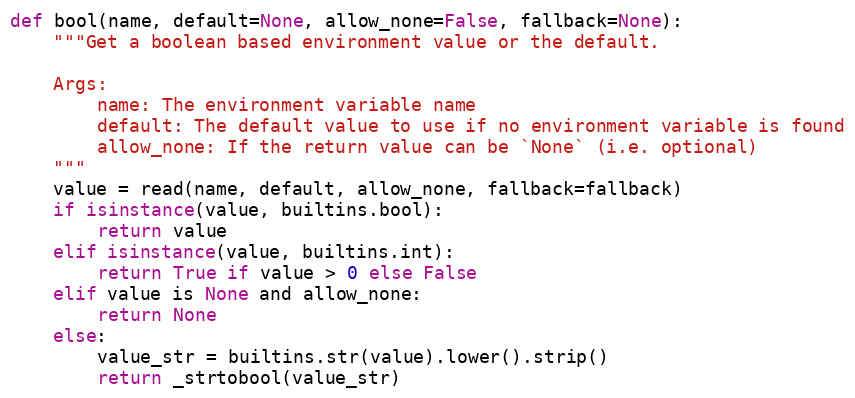
Language: Python
def bool(name, default=None, allow_none=False, fallback=None):
    """Get a boolean based environment value or the default.

    Args:
        name: The environment variable name
        default: The default value to use if no environment variable is found
        allow_none: If the return value can be `None` (i.e. optional)
    """
    value = read(name, default, allow_none, fallback=fallback)
    if isinstance(value, builtins.bool):
        return value
    elif isinstance(value, builtins.int):
        return True if value > 0 else False
    elif value is None and allow_none:
        return None
    else:
        value_str = builtins.str(value).lower().strip()
        return _strtobool(value_str)